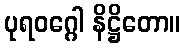
ပုရဝဂ္ဂေါ နိဋ္ဌိတော။